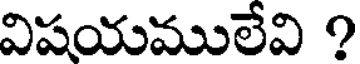
విషయములేవి ?